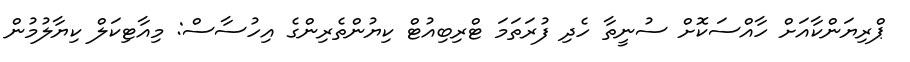
ޕްރިޔަންކާއަށް ހާއްސަކޮށް ސުނީތާ ހެދި ފުރަތަމަ ޓްރިބިއުޓް ކިޔުންތެރިންގެ އިހުސާސް: މިއާޓިކަލް ކިޔާލުމުން